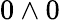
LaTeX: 0\wedge 0